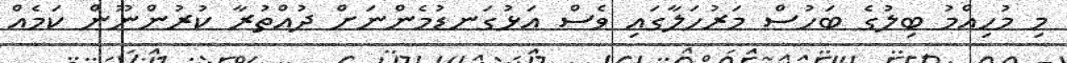
މި މުހިއްމު ބިލުގެ ބަހުސް މަރުހަލާގައި ވެސް އަޅުގަނޑުމެންނަށް ދުއްތުރާ ކުރުންނޫން ކަމެއް